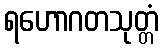
ရဟောဂတသုတ္တံ